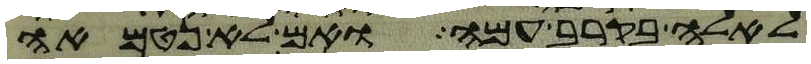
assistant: לאלה בקרב עמה ואם לא נטמאה